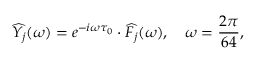
\widehat { Y _ { j } } ( \omega ) = e ^ { - i \omega \tau _ { 0 } } \cdot \widehat { F _ { j } } ( \omega ) , \quad \omega = \frac { 2 \pi } { 6 4 } ,